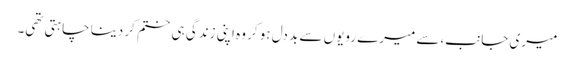
میری جانب،سے میرے رویوں سے بد دل ہو کر وہ اپنی زندگی ہی ختم کر دینا چاہتی تھی۔